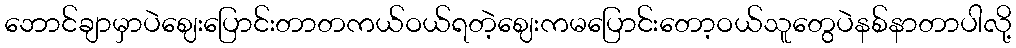
ဘောင်ချာမှာပဲဈေးပြောင်းတာတကယ်ဝယ်ရတဲ့ဈေးကမပြောင်းတော့ဝယ်သူတွေပဲနစ်နာတာပါလို့